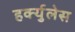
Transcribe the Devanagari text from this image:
हर्क्युलेस